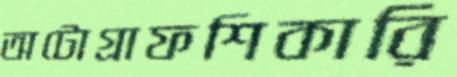
অটোগ্রাফশিকারি